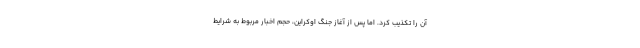
آن را تکذیب کرد. اما پس از آغاز جنگ اوکراین، حجم اخبار مربوط به شرایط